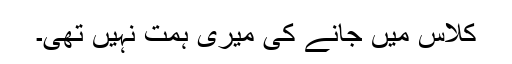
کلاس میں جانے کی میری ہمت نہیں تھی۔